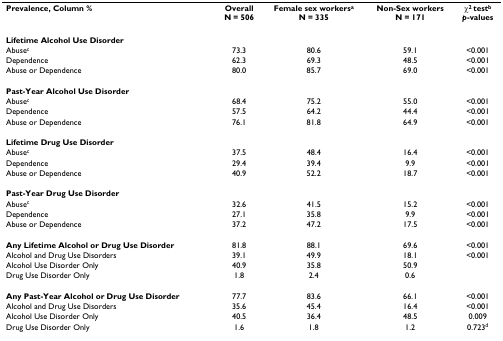
| Prevalence, Column % | OverallN = 506 | Female sex workersaN = 335 | Non-Sex workersN = 171 | χ2 testbp-values |
 | --- | --- | --- | --- | --- |
 | Lifetime Alcohol Use Disorder |  |  |  |  |
 | Abusec | 73.3 | 80.6 | 59.1 | <0.001 |
 | Dependence | 62.3 | 69.3 | 48.5 | <0.001 |
 | Abuse or Dependence | 80.0 | 85.7 | 69.0 | <0.001 |
 | Past-Year Alcohol Use Disorder |  |  |  |  |
 | Abusec | 68.4 | 75.2 | 55.0 | <0.001 |
 | Dependence | 57.5 | 64.2 | 44.4 | <0.001 |
 | Abuse or Dependence | 76.1 | 81.8 | 64.9 | <0.001 |
 | Lifetime Drug Use Disorder |  |  |  |  |
 | Abusec | 37.5 | 48.4 | 16.4 | <0.001 |
 | Dependence | 29.4 | 39.4 | 9.9 | <0.001 |
 | Abuse or Dependence | 40.9 | 52.2 | 18.7 | <0.001 |
 | Past-Year Drug Use Disorder |  |  |  |  |
 | Abusec | 32.6 | 41.5 | 15.2 | <0.001 |
 | Dependence | 27.1 | 35.8 | 9.9 | <0.001 |
 | Abuse or Dependence | 37.2 | 47.2 | 17.5 | <0.001 |
 | Any Lifetime Alcohol or Drug Use Disorder | 81.8 | 88.1 | 69.6 | <0.001 |
 | Alcohol and Drug Use Disorders | 39.1 | 49.9 | 18.1 | <0.001 |
 | Alcohol Use Disorder Only | 40.9 | 35.8 | 50.9 |  |
 | Drug Use Disorder Only | 1.8 | 2.4 | 0.6 |  |
 | Any Past-Year Alcohol or Drug Use Disorder | 77.7 | 83.6 | 66.1 | <0.001 |
 | Alcohol and Drug Use Disorders | 35.6 | 45.4 | 16.4 | <0.001 |
 | Alcohol Use Disorder Only | 40.5 | 36.4 | 48.5 | 0.009 |
 | Drug Use Disorder Only | 1.6 | 1.8 | 1.2 | 0.723d |